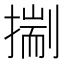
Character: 𢳐